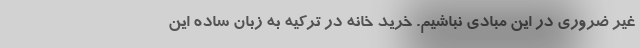
غیر ضروری در این مبادی نباشیم. خرید خانه در ترکیه به زبان ساده این